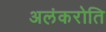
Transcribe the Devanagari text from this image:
अलंकरोति